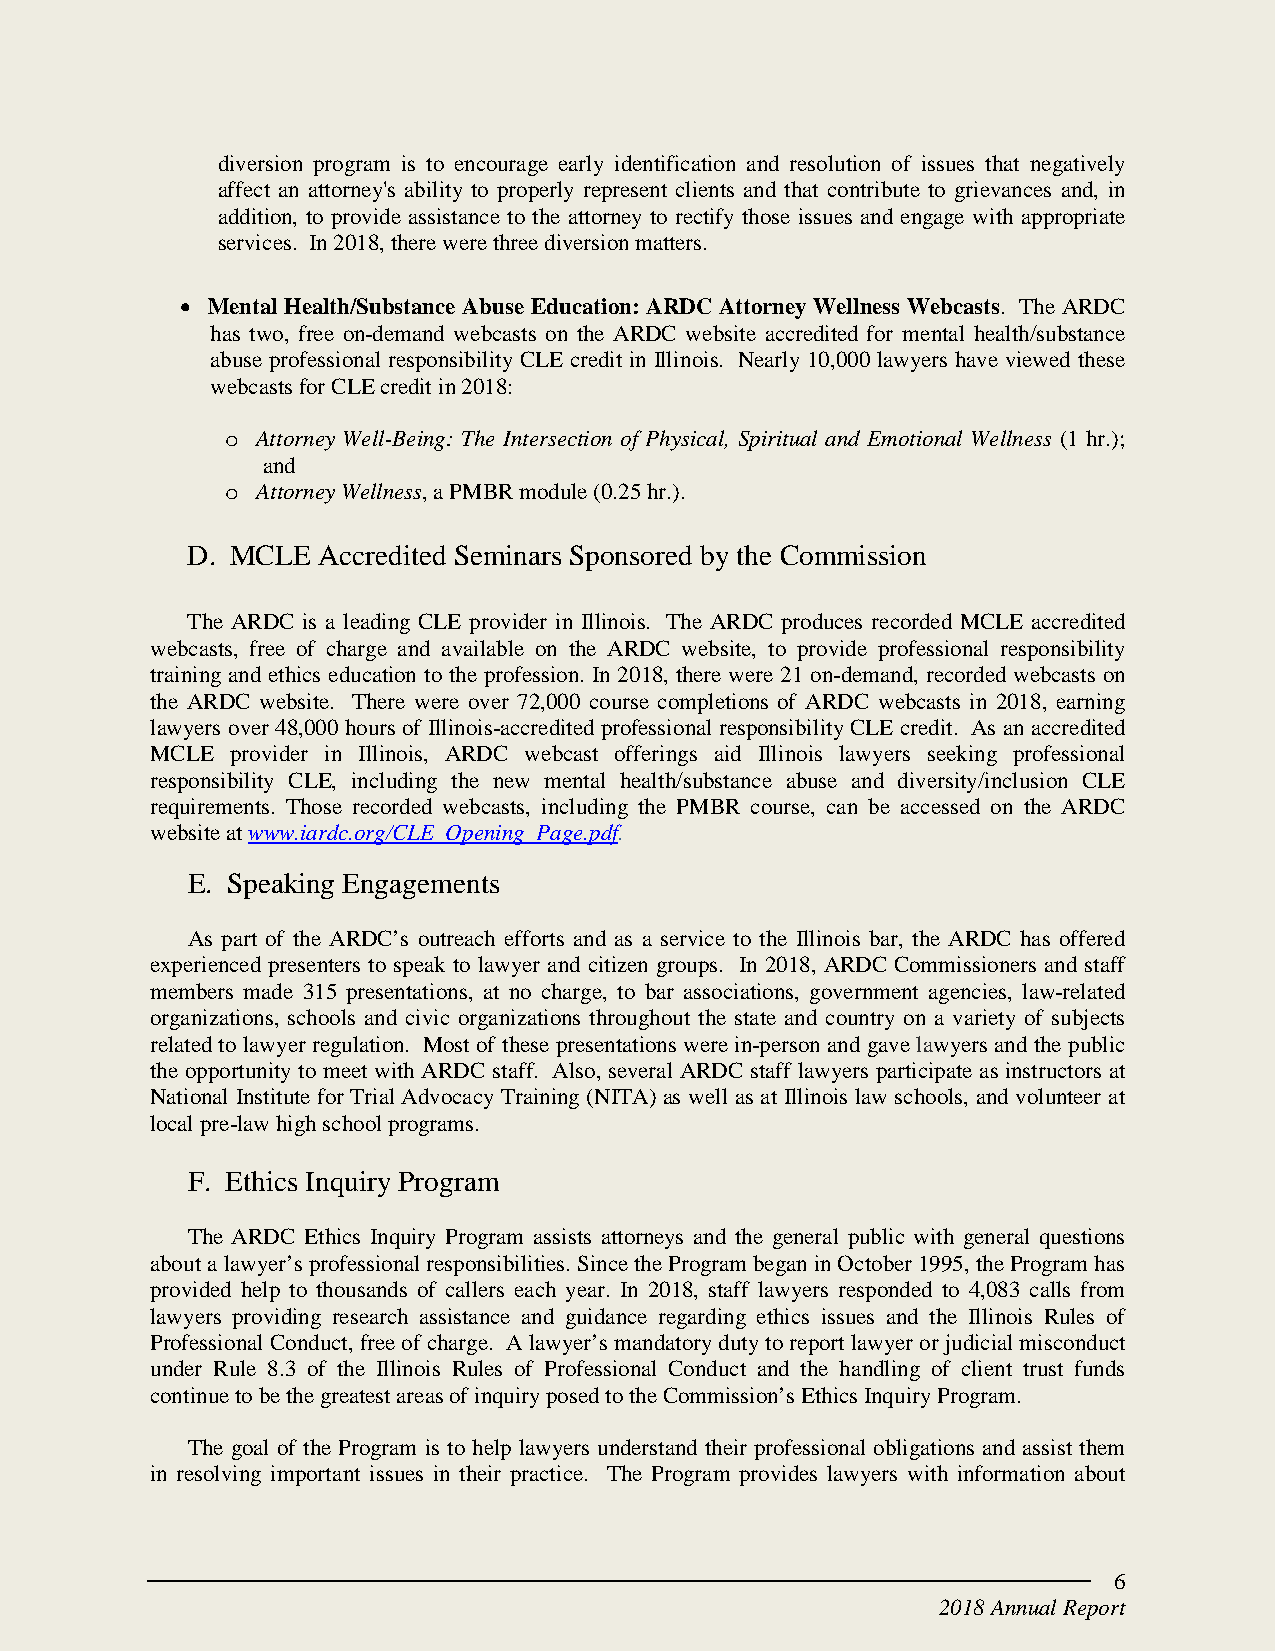
diversion program is to encourage early identification and resolution of issues that negatively
 affect an attorney's ability to properly represent clients and that contribute to grievances and, in
 addition, to provide assistance to the attorney to rectify those issues and engage with appropriate
 services. In 2018, there were three diversion matters.
 • Mental Health/Substance Abuse Education: ARDC Attorney Wellness Webcasts. The ARDC
 has two, free on-demand webcasts on the ARDC website accredited for mental health/substance
 abuse professional responsibility CLE credit in Illinois. Nearly 10,000 lawyers have viewed these
 webcasts for CLE credit in 2018:
 Attorney Well-Being: The Intersection of Physical, Spiritual and Emotional Wellness (1 hr.);
 o
 and
 Attorney Wellness, a PMBR module (0.25 hr.).
 o
 D. MCLE  Accredited Seminars Sponsored by the Commission
 The ARDC is a leading CLE provider in Illinois. The ARDC produces recorded MCLE accredited
 webcasts, free of charge and available on the ARDC website, to provide professional responsibility
 training and ethics education to the profession. In 2018, there were 21 on-demand, recorded webcasts on
 the ARDC website. There were over 72,000 course completions of ARDC webcasts in 2018, earning
 lawyers over 48,000 hours of Illinois-accredited professional responsibility CLE credit. As an accredited
 MCLE provider in Illinois, ARDC webcast offerings aid Illinois lawyers seeking professional
 responsibility CLE, including the new mental health/substance abuse and diversity/inclusion CLE
 requirements. Those recorded webcasts, including the PMBR course, can be accessed on the ARDC
 website at www.iardc.org/CLE_Opening_Page.pdf.
 E. Speaking Engagements
 As part of the ARDC’s outreach efforts and as a service to the Illinois bar, the ARDC has offered
 experienced presenters to speak to lawyer and citizen groups. In 2018, ARDC Commissioners and staff
 members made 315 presentations, at no charge, to bar associations, government agencies, law-related
 organizations, schools and civic organizations throughout the state and country on a variety of subjects
 related to lawyer regulation. Most of these presentations were in-person and gave lawyers and the public
 the opportunity to meet with ARDC staff. Also, several ARDC staff lawyers participate as instructors at
 National Institute for Trial Advocacy Training (NITA) as well as at Illinois law schools, and volunteer at
 local pre-law high school programs.
 F. Ethics Inquiry Program
 The ARDC Ethics Inquiry Program assists attorneys and the general public with general questions
 about a lawyer’s professional responsibilities. Since the Program began in October 1995, the Program has
 provided help to thousands of callers each year. In 2018, staff lawyers responded to 4,083 calls from
 lawyers providing research assistance and guidance regarding ethics issues and the Illinois Rules of
 Professional Conduct, free of charge. A lawyer’s mandatory duty to report lawyer or judicial misconduct
 under Rule 8.3 of the Illinois Rules of Professional Conduct and the handling of client trust funds
 continue to be the greatest areas of inquiry posed to the Commission’s Ethics Inquiry Program.
 The goal of the Program is to help lawyers understand their professional obligations and assist them
 in resolving important issues in their practice. The Program provides lawyers with information about
 6
 2018 Annual Report